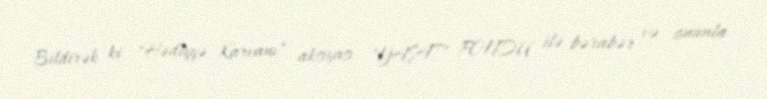
Bildirək ki, "Hədiyyə Karvanı" aksiyası "YAŞAT" FONDU ilə bərabər və onunla